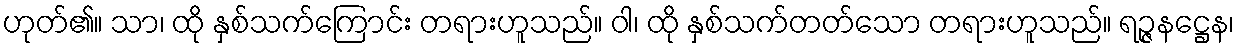
ဟုတ်၏။ သာ၊ ထို နှစ်သက်ကြောင်း တရားဟူသည်။ ဝါ၊ ထို နှစ်သက်တတ်သော တရားဟူသည်။ ရဉ္ဇနဋ္ဌေန၊